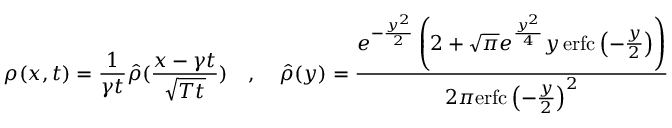
\rho ( x , t ) = \frac { 1 } { \gamma t } \hat { \rho } ( \frac { x - \gamma t } { \sqrt { T t } } ) \quad , \quad \hat { \rho } ( y ) = \frac { e ^ { - \frac { y ^ { 2 } } { 2 } } \left( 2 + \sqrt { \pi } e ^ { \frac { y ^ { 2 } } { 4 } } y \, \mathrm { e r f c } \left( - \frac { y } { 2 } \right) \right) } { 2 \pi \mathrm { e r f c } \left( - \frac { y } { 2 } \right) ^ { 2 } }